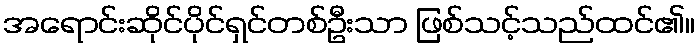
အရောင်းဆိုင်ပိုင်ရှင်တစ်ဦးသာ ဖြစ်သင့်သည်ထင်၏။